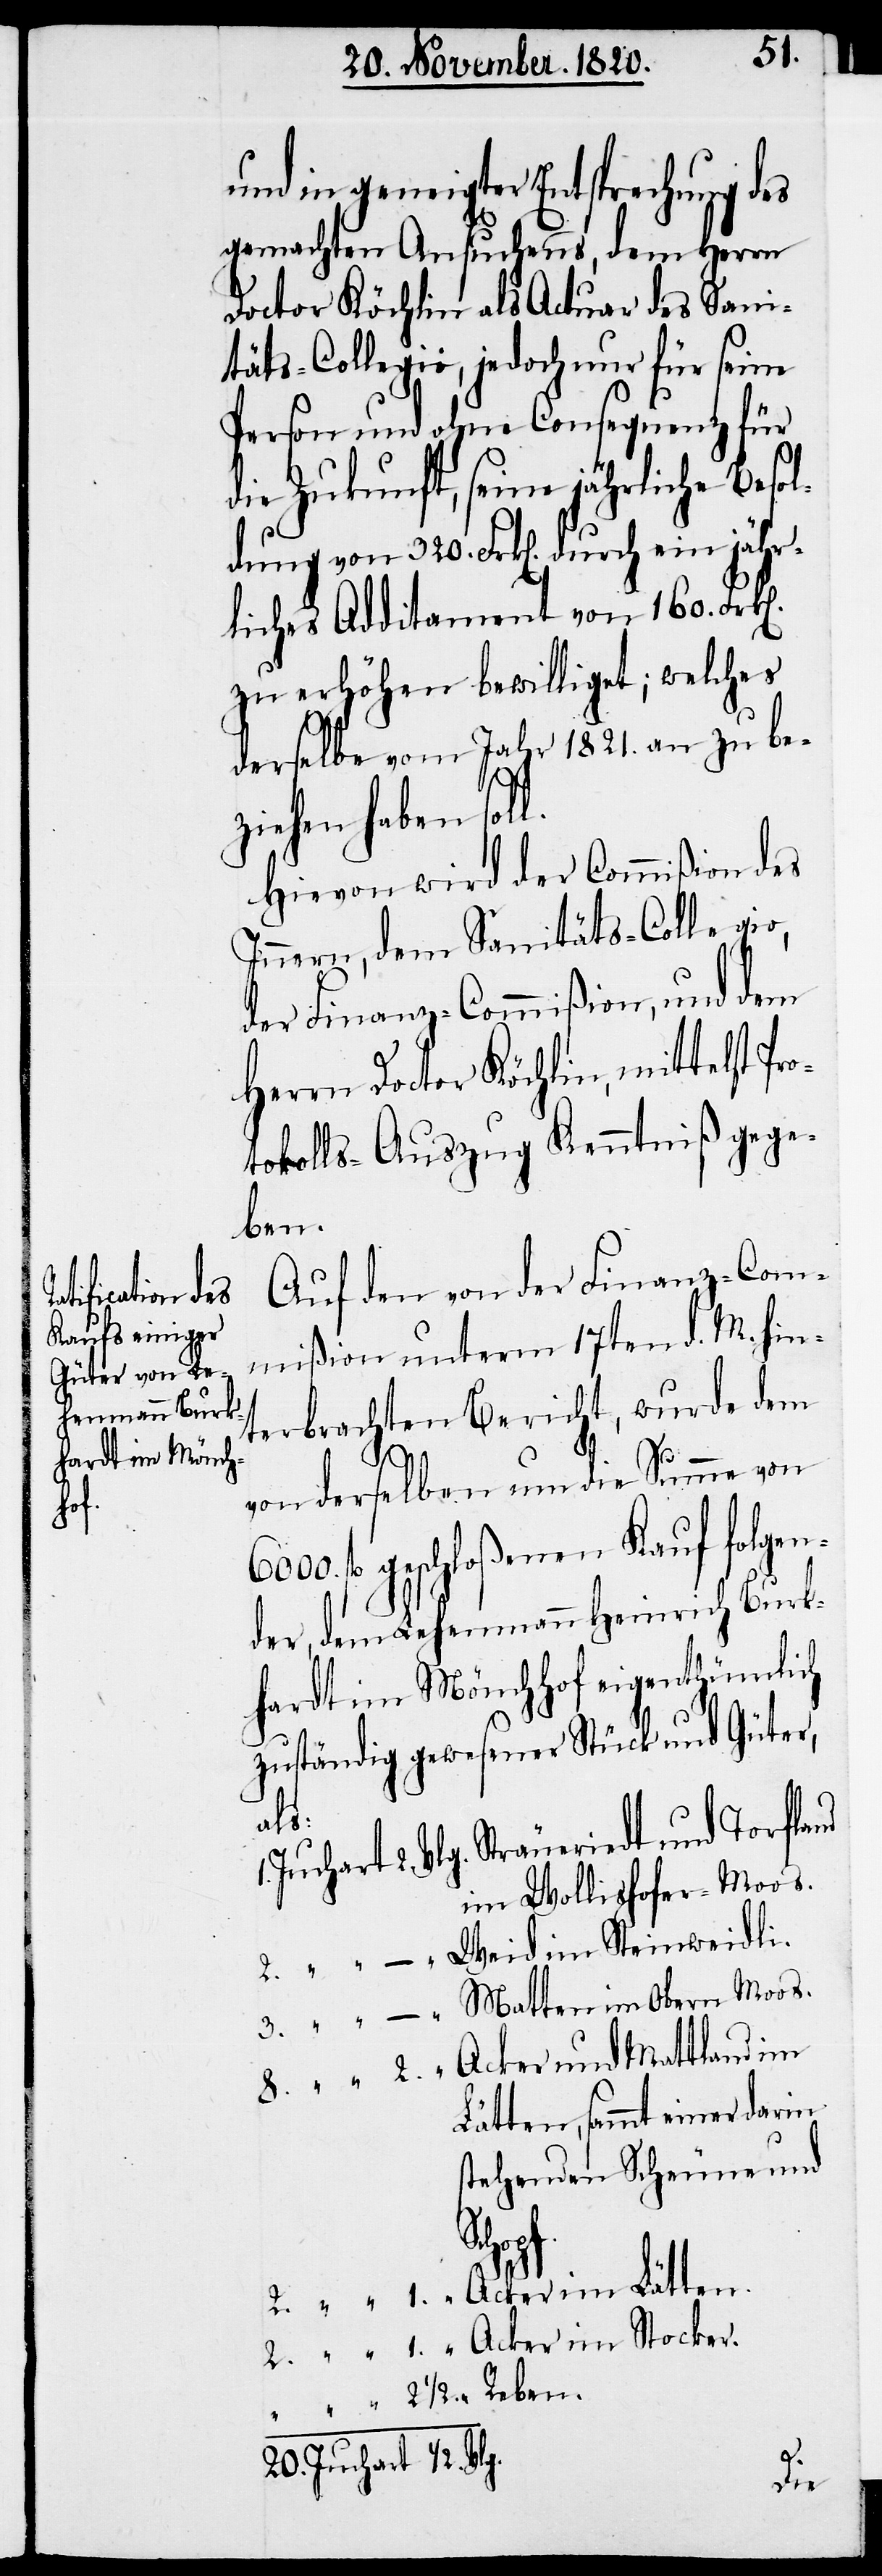
hart

8.
und in geneigter Entsprechung des
gemachten Ansuchens, dem Herrn
Doctor Köchlin als Actuar des Sanit¬
äts-Collegio, jedoch nur für seine
Person und ohne Consequenz für
die Zukunft, seine jährliche Beso¬
ldung von 320. Frk[en]. durch ein jähr¬
liches Additament von 160.
zu erhöhen bewilliget; welches
derselbe vom Jahr 1821. an zu be¬
ziehen haben sol¬
Hievon wird der Commißion des
Innern, dem Sanitäts-Collegio,
der Finanz-Commißion, und dem
Herrn Doctor Köchlin, mittelst Pro¬
tokolls-Auszug Kenntniß gege¬
ben.
Auf den von der Finanz-Com¬
mißion unterm 17ten d. M. hin¬
terbrachten Bericht, wurde dem
von derselben um die Summe von
fl. geschloßenen Kauf folgen¬
der, dem Lehenmann Heinrich Burk¬
hardt im Mönchhof eigenthümlich
zuständig gewesener Stück und Güter,
Vlg.
Sträueriedt und Torfland
im Wollishofen-Moos.
Weid im Steinweidli.
Matten im Obern Moos.
Acker im Lätten.
1.
Lätten, sammt einer darin
stehenden Scheune und
Juc¬